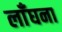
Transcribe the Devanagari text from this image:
लाँघना